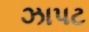
ઝાપટ